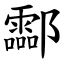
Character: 酃